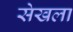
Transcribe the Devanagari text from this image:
सेखला